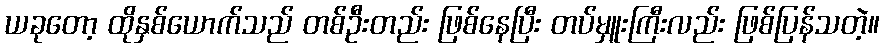
ယခုတော့ ထိုနှစ်ယောက်သည် တစ်ဦးတည်း ဖြစ်နေပြီး တပ်မှူးကြီးလည်း ဖြစ်ပြန်သတဲ့။